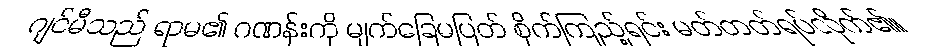
ဂျင်မီသည် ရာမ၏ ဂဏန်းကို မျက်ခြေမပြတ် စိုက်ကြည့်ရင်း မတ်တတ်ရပ်လိုက်၏။